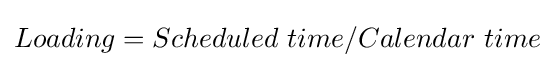
Loading=Scheduled\ time/Calendar\ time